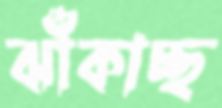
ঝাঁকাচ্ছ